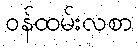
ဝန်ထမ်းလစာ